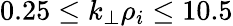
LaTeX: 0.25\le k_{\perp}\rho_{i}\le 10.5